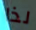
لذا